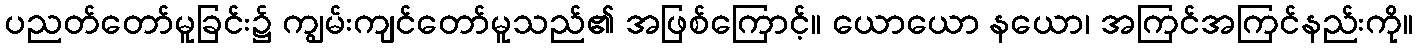
ပညတ်တော်မူခြင်း၌ ကျွမ်းကျင်တော်မူသည်၏ အဖြစ်ကြောင့်။ ယောယော နယော၊ အကြင်အကြင်နည်းကို။